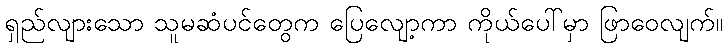
ရှည်လျားသော သူမဆံပင်တွေက ပြေလျော့ကာ ကိုယ်ပေါ်မှာ ဖြာဝေလျက်။